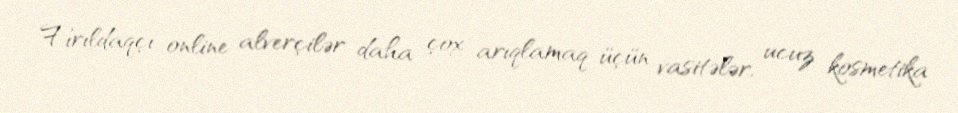
Fırıldaqçı online alverçilər daha çox arıqlamaq üçün vasitələr, ucuz kosmetika